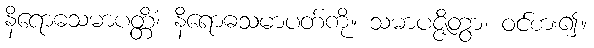
နိရောဓသမာပတ္တိံ၊ နိရောဓသမာပတ်ကို။ သမာပဇ္ဇိတွာ၊ ဝင်စား၍။